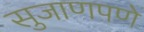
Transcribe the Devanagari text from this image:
सुजाणपणे